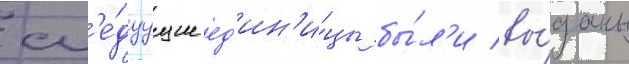
сл'е́дуущие ед'ин'и́цы бы́л'и вы́даны